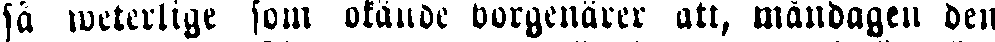
så weterlige som okände borgenärer att, måndagen den